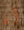
أن